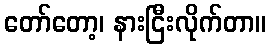
တော်တော့၊ နားငြီးလိုက်တာ။